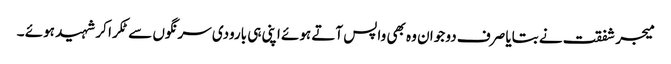
میجر شفقت نے بتایا صرف دو جوان وہ بھی واپس آتے ہوئے اپنی ہی بارودی سرنگوں سے ٹکرا کر شہید ہوئے ۔